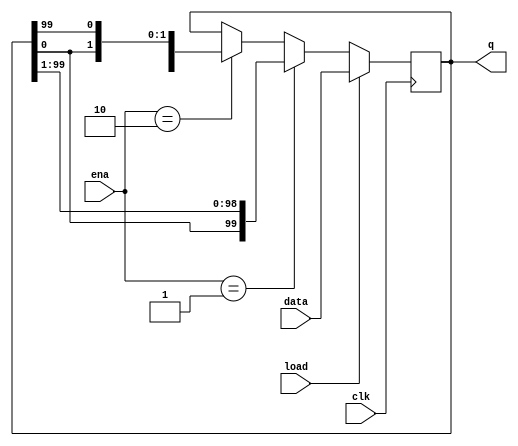
module top_module(
    input clk,
    input load,
    input [1:0] ena,
    input [99:0] data,
    output reg [99:0] q); 

    always @(posedge clk) begin

        if(load) q <= data;
        else if(ena == 2'b01) q <= {q[0],q[99:1]};
        else if(ena == 2'b10) q <= {q[98:0],q[99]};
        else q <= q;
    
    end
endmodule